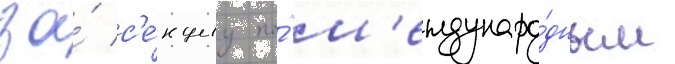
за́ с'е́кциу по́ м'еждунаро́дным